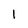
Character: 1